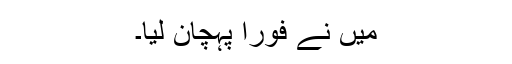
میں نے فوراً پہچان لیا۔